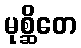
မုစ္ဆိတေ